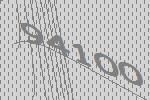
94100